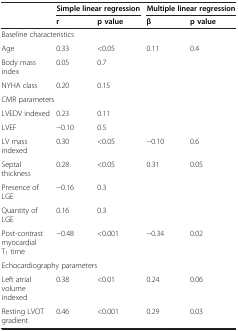
<table><thead><tr><td><b> </b></td><td colspan="2"><b>Simple linear regression</b></td><td colspan="2"><b>Multiple linear regression</b></td></tr><tr><td><b> </b></td><td><b>r</b></td><td><b>p value</b></td><td><b>β</b></td><td><b>p value</b></td></tr></thead><tbody><tr><td colspan="5">Baseline characteristics</td></tr><tr><td>Age</td><td>0.33</td><td>&lt;0.05</td><td>0.11</td><td>0.4</td></tr><tr><td>Body mass index</td><td>0.05</td><td>0.7</td><td> </td><td> </td></tr><tr><td>NYHA class</td><td>0.20</td><td>0.15</td><td> </td><td> </td></tr><tr><td colspan="5">CMR parameters</td></tr><tr><td>LVEDV indexed</td><td>0.23</td><td>0.11</td><td> </td><td> </td></tr><tr><td>LVEF</td><td>−0.10</td><td>0.5</td><td> </td><td> </td></tr><tr><td>LV mass indexed</td><td>0.30</td><td>&lt;0.05</td><td>−0.10</td><td>0.6</td></tr><tr><td>Septal thickness</td><td>0.28</td><td>&lt;0.05</td><td>0.31</td><td>0.05</td></tr><tr><td>Presence of LGE</td><td>−0.16</td><td>0.3</td><td> </td><td> </td></tr><tr><td>Quantity of LGE</td><td>0.16</td><td>0.3</td><td> </td><td> </td></tr><tr><td>Post-contrast myocardial T<sub>1</sub> time</td><td>−0.48</td><td>&lt;0.001</td><td>−0.34</td><td>0.02</td></tr><tr><td colspan="5">Echocardiography parameters</td></tr><tr><td>Left atrial volume indexed</td><td>0.38</td><td>&lt;0.01</td><td>0.24</td><td>0.06</td></tr><tr><td>Resting LVOT gradient</td><td>0.46</td><td>&lt;0.001</td><td>0.29</td><td>0.03</td></tr></tbody></table>